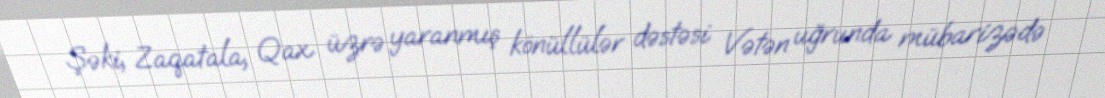
Şəki, Zaqatala, Qax üzrə yaranmış könüllülər dəstəsi Vətən uğrunda mübarizədə